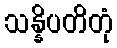
သန္နိပတိတုံ